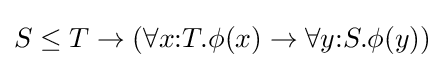
S\leq T\to (\forall x{:}T.\phi (x)\to \forall y{:}S.\phi (y))